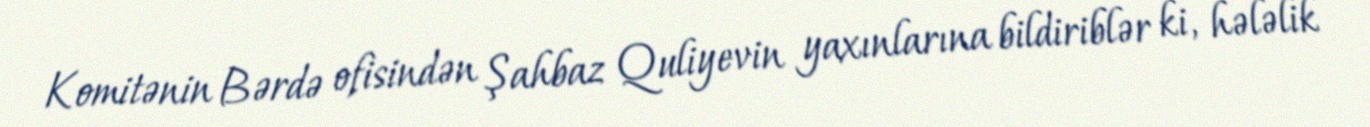
Komitənin Bərdə ofisindən Şahbaz Quliyevin yaxınlarına bildiriblər ki, hələlik